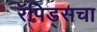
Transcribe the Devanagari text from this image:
रॅपिड्सचा